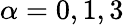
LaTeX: \alpha=0,1,3